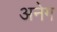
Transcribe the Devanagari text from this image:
अनेग